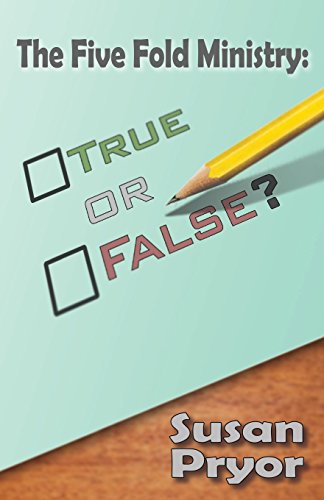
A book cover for The Five Fold Ministry; Susan Pryor; Christian Books & Bibles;